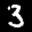
Label: 3